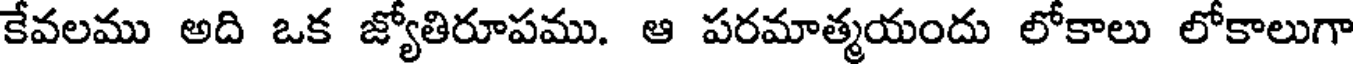
కేవలము అది ఒక జ్యోతిరూపము. ఆ పరమాత్మయందు లోకాలు లోకాలుగా